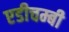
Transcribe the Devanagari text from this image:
एडीचम्बी